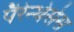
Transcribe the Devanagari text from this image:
पैरेन्थेसेस